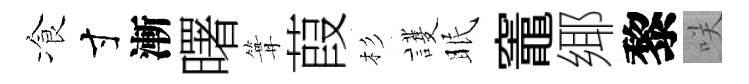
飡寸漸曙篝葭杉護眠竈鄊黎咲